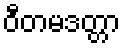
ဝီတမဒတ္တာ